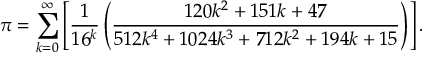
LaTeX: \pi = \sum _ { k = 0 } ^ { \infty } \left[ { \frac { 1 } { 1 6 ^ { k } } } \left( { \frac { 1 2 0 k ^ { 2 } + 1 5 1 k + 4 7 } { 5 1 2 k ^ { 4 } + 1 0 2 4 k ^ { 3 } + 7 1 2 k ^ { 2 } + 1 9 4 k + 1 5 } } \right) \right] .